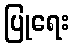
ပြုရေး